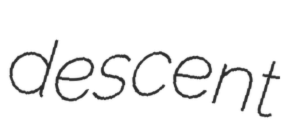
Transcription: descent